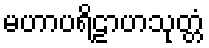
မဟာပရိဠာဟသုတ္တံ